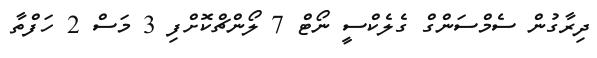
ދިރާގުން ސެމްސަންގް ގެލެކްސީ ނޯޓް 7 ލޯންޗްކޮށްފި 3 މަސް 2 ހަފްތާ